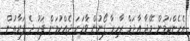
އެހެންކަމުން މޭޖާ އާދަމް ޒާހިރާ ފޯނުން ވާހަކަ ދެއްކުމަށް ފަހު ދެ ފަރާތުން